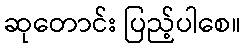
ဆုတောင်း ပြည့်ပါစေ။